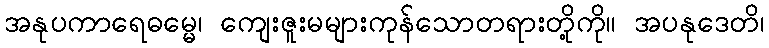
အနုပကာရေဓမ္မေ၊ ကျေးဇူးမများကုန်သောတရားတို့ကို။ အပနုဒေတိ၊